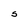
Character: S